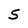
Character: 5